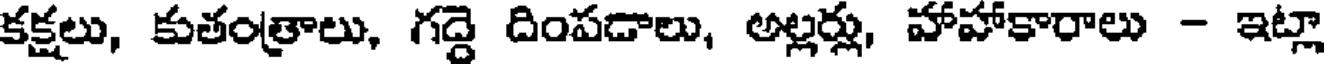
కక్షలు, కుతంత్రాలు, గద్దె దింపడాలు, అల్లర్లు, హాహాకారాలు - ఇట్లా